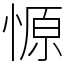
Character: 㥳